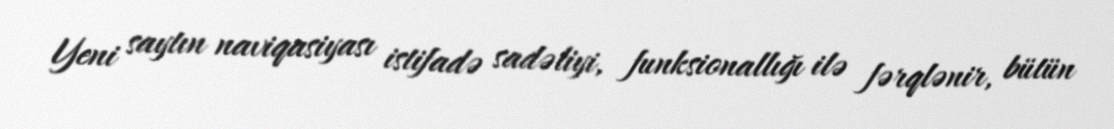
Yeni saytın naviqasiyası istifadə sadəliyi, funksionallığı ilə fərqlənir, bütün